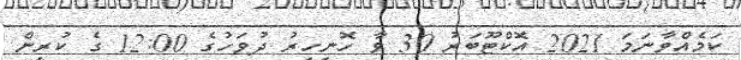
ކަމެއްވާނަމަ 2021 އޮކްޓޫބަރު 30 ވާ ހޮނިހިރު ދުވަހުގެ 12:00 ގެ ކުރިން